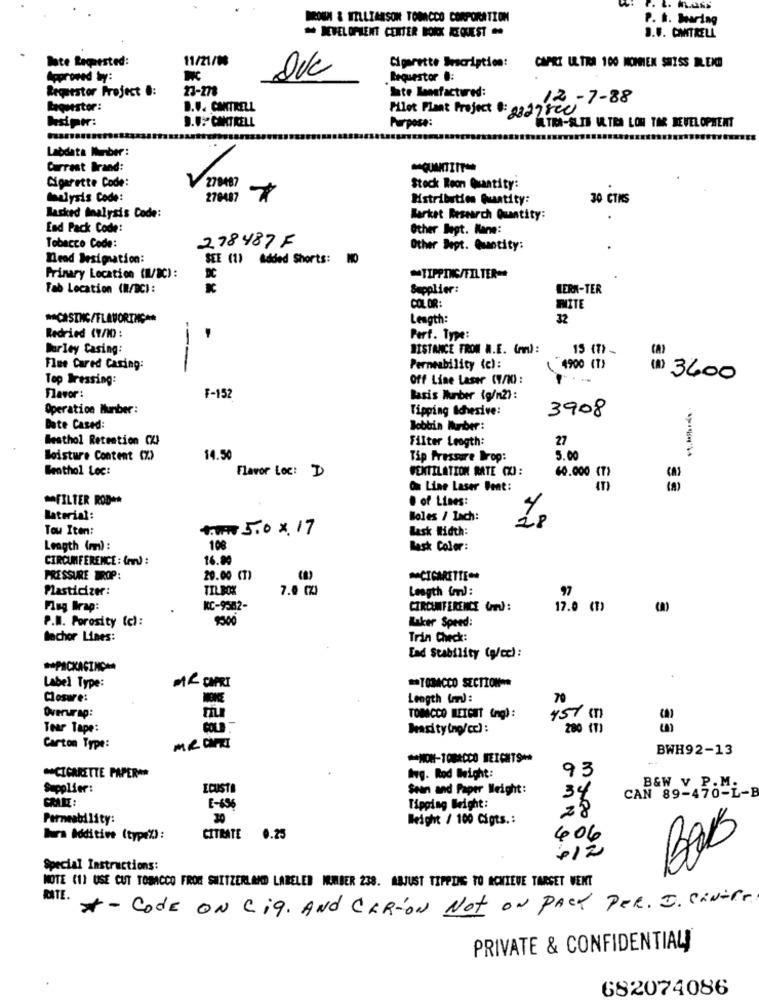
BROUN & WILLIARSON TOMCCO CORPORATION
P. h. Searing
KIELOPENT CENTER DORX REQUEST
J.F. CANTRELL
lote Requested:
11/21/03
Cigarette Sracription:
CAPRI ULTRA 100 NOMIEN SWISS REND
Approved Ly:
DVC
Requestor .:
Requestor Project .:
23-278
Ste lensfactured:
12-7-88
Laquester:
B.V. CANTRELL
kapr:
9.0:" CANTRELL
Pilot Plant Project 8: 2327 820
Purpose:
.TRA-SLIB UL.TRA LON TAR DEVELOPMENT
Labdata Number:
Current Brand:
Cigarette Code:
278487
Stock Reon Quatity:
Maalysis Code:
270487
Mistribution Quatity:
30 CTNS
Masked Analysis Code:
Market Research Quantity:
End Pack Code:
Other legt. Kane:
Tobacco Code:
278487 F
Other Dept. Quantity:
Dead Designation:
SEE (1) Added Shorts: NO
Primary Location (W/C) :
~TIPPING/FILTER=+
Tab Location (M/BC):
Supplier:
LERN-TER
COLOR:
WHITE
** CASING/FLAVORING **
Length:
32
Redried (7/10) :
Pert. Type:
Barley Casing:
DISTANCE FROM W.E. (An) :
15 (7) -
Flue Cared Caring:
---
Permeability (c):
4900 (T)
Top Dressing:
off Line Laser (W/M) :
(1) 3400
Favor:
F-152
Basis Hunber (g/n2):
Operation Ilunber :
Tipping Adhesive:
3908
Date Cased:
Bobbin Ihuber:
Westhol Retention CXI
Filter Length:
27
Moisture Content (%)
14.50
Tip Pressure Drop:
5.00
Beathol Loc:
Flavor Loc: D
VENTILATION RATE (X) :
40.000 (7)
On Line Laser Bent:
(A)
FILTER ROD **
· of Lines:
Material:
Boles / Lach:
Tow Iten:
tun 5.0 x17
Mask Width:
Length (mm) :
108
Rask Color:
CIRCUMFERENCE : (w) :
16.80
PRESSURE DROP:
20.00 (7)
CIGARETTE=
Plasticizer:
7.0 (%)
Length (m):
97
Flug Wrap:
KC-9362-
CIRCUMFERENCE (w):
17.0 (1)
P.M. Porosity (c) :
Laker Speed:
lechor Lines:
Trin Check:
Lad Stability (g/ce) :
** PACKAGING=
** TOBACCO SECTION-
Label Type:
MR CAPRI
Closure:
MOKCE
Length (d :
70
Overurap:
TOBACCO REICHT (ng) :
457 (1)
(a)
Tear Tape:
Masity (no/cc) :
280 (7)
Carton Type:
MR CAPTI
BWH92-13
93
** CIGARETTE PAPER **
Ing. Rod Weight:
Supplier:
ICUSTA
Sean and Paper Weight:
34
CAN 89-470-L-E
B&W V .P.M.
E-636
Tipping Weight
28
Permeability:
30
Weight / 100 Gigts .:
bara Additive (type%):
CITRATE
0.25
406
+12
BOB
Special Instructions:
MOTE (11 USE CUT TOBACCO FROM SWITZERLAND LABELED MUMBER 238. ABJUST TIPPING TO ACHIEVE TARGET WENT
RATE.
* - Code ON Ci9. AND CARTON Not ON PACK PER. I. CANtir
PRIVATE & CONFIDENTIALI
682074086